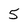
Character: 5